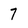
Character: 7